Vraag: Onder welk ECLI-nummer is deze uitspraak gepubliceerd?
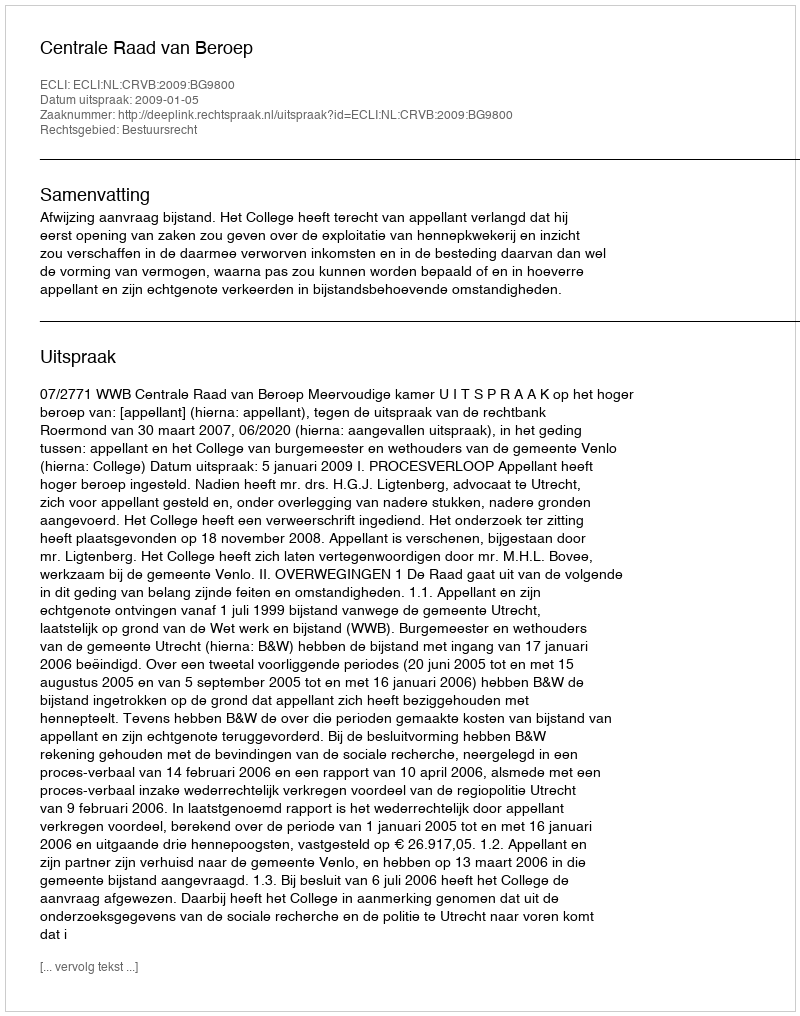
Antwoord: ECLI:NL:CRVB:2009:BG9800